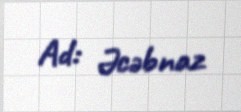
Ad: Əcəbnaz